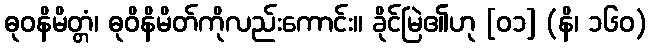
ဓုဝနိမိတ္တံ၊ ဓုဝိနိမိတ်ကိုလည်းကောင်း။ ခိုင်မြဲ၏ဟု [၀၁] (နိ၊ ၁၆၀)